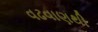
વઢવાણથી